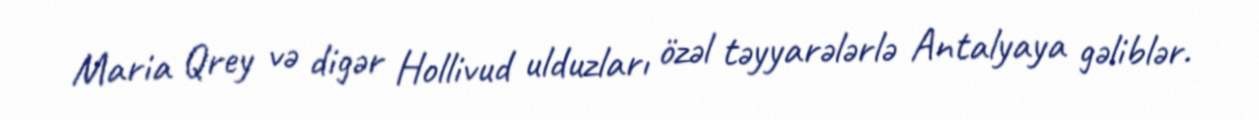
Maria Qrey və digər Hollivud ulduzları özəl təyyarələrlə Antalyaya gəliblər.